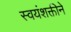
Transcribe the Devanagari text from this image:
स्वयंशक्तीने